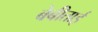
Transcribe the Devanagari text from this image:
बेबीताई